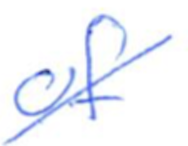
Text: of
Cross-out: diagonal
Writing tool: ballpoint